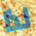
لذا